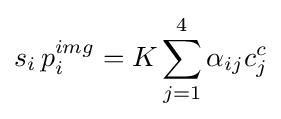
s_{i}\,p_{i}^{img}=K\sum _{j=1}^{4}{\alpha _{ij}c_{j}^{c}}